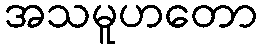
အသမူဟတော